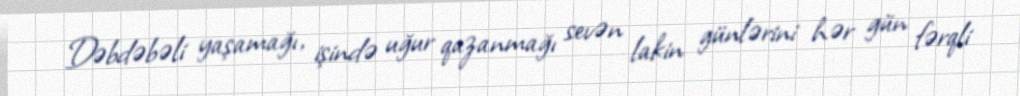
Dəbdəbəli yaşamağı, işində uğur qazanmağı sevən lakin günlərini hər gün fərqli